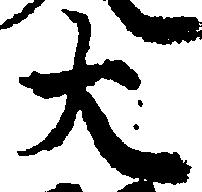
大